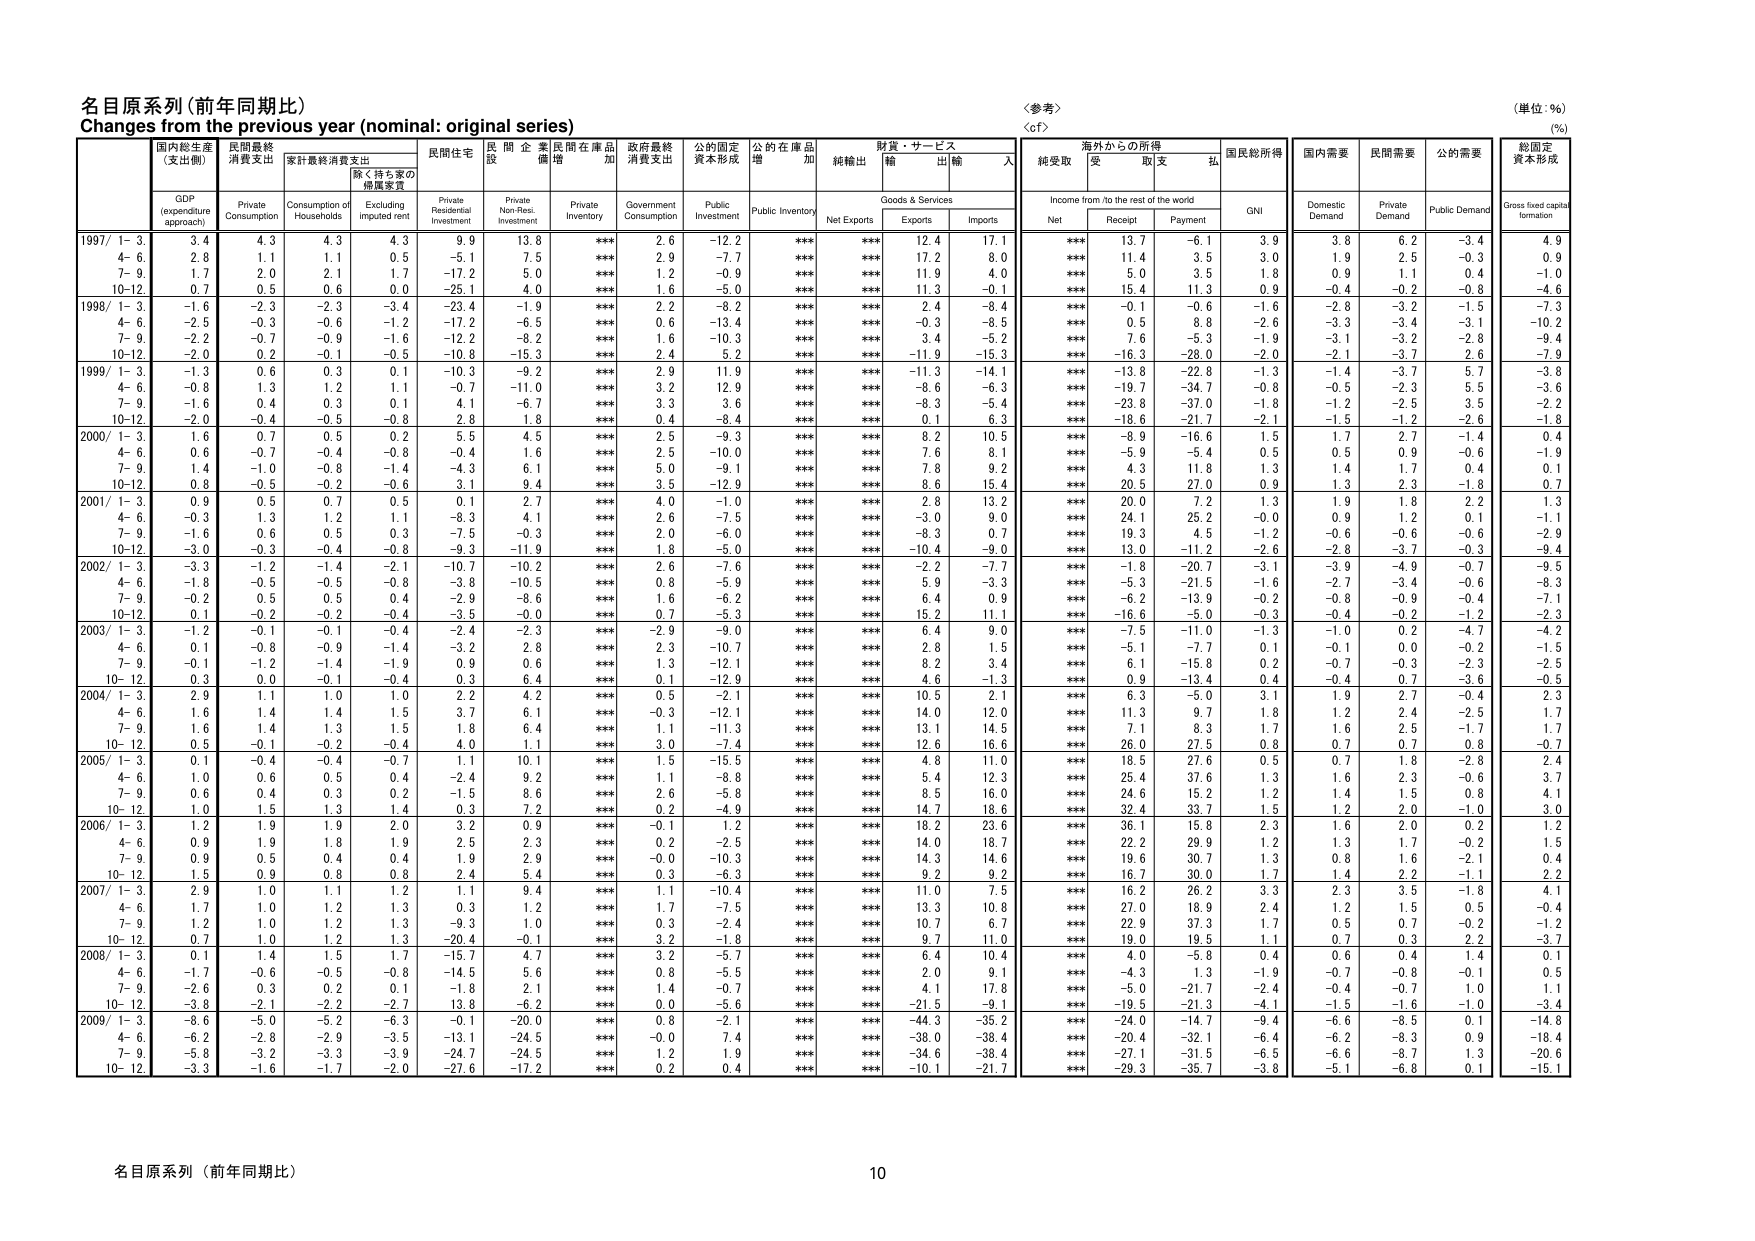
名目原系列（前年同期比）
Changes from the previous year (nominal: original series)
〈参考〉
〈cf〉
（単位：%）
(%)

国内総生産
（支出側）
GDP
(expenditure approach)
民間最終
消費支出
Private
Consumption
家計最終消費支出
Consumption of
Households
家く持ち家の
帰属家賃
Excluding
imputed rent
民間住宅
投資
Private
Residential
Investment
民 企 業
非住宅
投資
Private
Non-Resi.
Investment
民間在庫品
増加
Private
Inventory
Government
Consumption
公的固定
資本形成
Public
Investment
公的在庫品
増加
Public Inventory
純輸出
Net Exports
財貨・サービス
輸出
Exports
輸入
Imports
海外からの所得
Income from /to the rest of the world
純受取
Net
受取
Receipt
支払
Payment
国民総所得
GNI
国内需要
Domestic
Demand
民間需要
Private
Demand
公的需要
Public Demand
総固定
資本形成
Gross fixed capital
formation

1997/ 1- 3.
3.4
4.3
4.3
4.3
9.9
13.8
***
2.6
-12.2
***
***
12.4
17.1
***
13.7
-6.1
3.9
3.8
6.2
-3.4
4.9
4- 6.
2.8
1.1
1.1
0.5
-5.1
7.5
***
2.9
-7.7
***
***
17.2
8.0
***
11.4
3.5
3.0
1.9
2.5
-0.3
0.9
7- 9.
1.7
2.0
2.1
1.7
-17.2
5.0
***
1.2
-0.9
***
***
11.9
4.0
***
5.0
3.5
1.8
0.9
1.1
0.4
-1.0
10-12.
0.7
0.5
0.6
0.0
-25.1
4.0
***
1.6
-5.0
***
***
11.3
-0.1
***
15.4
11.3
0.9
-0.4
-0.2
-0.8
-4.6

1998/ 1- 3.
-1.6
-2.3
-2.3
-3.4
-23.4
-1.9
***
2.2
-8.2
***
***
2.4
-8.4
***
-0.1
-0.6
-1.6
-2.8
-3.2
-1.5
-7.3
4- 6.
-2.5
-0.3
-0.6
-1.2
-17.2
-6.5
***
0.6
-13.4
***
***
-0.3
-8.5
***
0.5
8.8
-2.6
-3.3
-3.4
-3.1
-10.2
7- 9.
-2.2
-0.7
-0.9
-1.6
-12.2
-8.2
***
1.6
-10.3
***
***
3.4
-5.2
***
7.6
-5.3
-1.9
-3.1
-3.2
-2.8
-9.4
10-12.
-2.0
0.2
-0.1
-0.5
-10.8
-15.3
***
2.4
5.2
***
***
-11.9
-15.3
***
-16.3
-28.0
-2.0
-2.1
-3.7
2.6
-7.9

1999/ 1- 3.
-1.3
0.6
0.3
0.1
-10.3
-9.2
***
2.9
11.9
***
***
-11.3
-14.1
***
-13.8
-22.8
-1.3
-1.4
-3.7
5.7
-3.8
4- 6.
-0.8
1.3
1.2
1.1
-0.7
-11.0
***
3.2
12.9
***
***
-8.6
-6.3
***
-19.7
-34.7
-0.8
-0.5
-2.3
5.5
-3.6
7- 9.
-1.6
0.4
0.3
0.1
4.1
-6.7
***
3.3
3.6
***
***
-8.3
-5.4
***
-23.8
-37.0
-1.8
-1.2
-2.5
3.5
-2.2
10-12.
-2.0
-0.4
-0.5
-0.8
2.8
1.8
***
0.4
-8.4
***
***
0.1
6.3
***
-18.6
-21.7
-2.1
-1.5
-1.2
-2.6
-1.8

2000/ 1- 3.
1.6
0.7
0.5
0.2
5.5
4.5
***
2.5
-9.3
***
***
8.2
10.5
***
-8.9
-16.6
1.5
1.7
2.7
-1.4
0.4
4- 6.
0.6
-0.7
-0.4
-0.8
-0.4
1.6
***
2.5
-10.0
***
***
7.6
8.1
***
-5.9
-5.4
0.5
0.5
0.9
-0.6
-1.9
7- 9.
1.4
-1.0
-0.8
-1.4
-4.3
6.1
***
5.0
-9.1
***
***
7.8
9.2
***
4.3
11.8
1.3
1.4
1.7
0.4
0.1
10-12.
0.8
-0.5
-0.2
-0.6
3.1
9.4
***
3.5
-12.9
***
***
8.6
15.4
***
20.5
27.0
0.9
1.3
2.3
-1.8
0.7

2001/ 1- 3.
0.9
0.5
0.7
0.5
0.1
2.7
***
4.0
-1.0
***
***
2.8
13.2
***
20.0
7.2
1.3
1.9
1.8
2.2
1.3
4- 6.
-0.3
1.3
1.2
1.1
-8.3
4.1
***
2.6
-7.5
***
***
-3.0
9.0
***
24.1
25.2
-0.0
0.9
1.2
0.1
-1.1
7- 9.
-1.6
0.6
0.5
0.3
-7.5
-0.3
***
2.0
-6.0
***
***
-8.3
0.7
***
19.3
4.5
-1.2
-0.6
-0.6
-0.6
-2.9
10-12.
-3.0
-0.3
-0.4
-0.8
-9.3
-11.9
***
1.8
-5.0
***
***
-10.4
-9.0
***
13.0
-11.2
-2.6
-2.8
-3.7
-0.3
-9.4

2002/ 1- 3.
-3.3
-1.2
-1.4
-2.1
-10.7
-10.2
***
2.6
-7.6
***
***
-2.2
-7.7
***
-1.8
-20.7
-3.1
-3.9
-4.9
-0.7
-9.5
4- 6.
-1.8
-0.5
-0.5
-0.8
-3.8
-10.5
***
0.8
-5.9
***
***
5.9
-3.3
***
-5.3
-21.5
-1.6
-2.7
-3.4
-0.6
-8.3
7- 9.
-0.2
0.5
0.5
0.4
-2.9
-8.6
***
1.6
-6.2
***
***
6.4
0.9
***
-6.2
-13.9
-0.2
-0.8
-0.9
-0.4
-7.1
10-12.
0.1
-0.2
-0.2
-0.4
-3.5
-0.0
***
0.7
-5.3
***
***
15.2
11.1
***
-16.6
-5.0
-0.3
-0.4
-0.2
-1.2
-2.3

2003/ 1- 3.
-1.2
-0.1
-0.1
-0.4
-2.4
-2.3
***
-2.9
-9.0
***
***
6.4
9.0
***
-7.5
-11.0
-1.3
-1.0
0.2
-4.7
-4.2
4- 6.
0.1
-0.8
-0.9
-1.4
-3.2
2.8
***
2.3
-10.7
***
***
2.8
1.5
***
-5.1
-7.7
0.1
-0.1
0.0
-0.2
-1.5
7- 9.
0.1
-1.2
-1.4
-1.9
0.9
0.6
***
1.3
-12.1
***
***
8.2
3.4
***
6.1
-15.8
0.2
-0.7
-0.3
-2.3
-2.5
10-12.
0.3
0.0
-0.1
-0.4
0.3
6.4
***
0.1
-12.9
***
***
4.6
-1.3
***
0.9
-13.4
0.4
-0.4
0.7
-3.6
-0.5

2004/ 1- 3.
2.9
1.1
1.0
1.0
2.2
4.2
***
0.5
-2.1
***
***
10.5
2.1
***
6.3
-5.0
3.1
1.9
2.7
-0.4
2.3
4- 6.
1.6
1.4
1.4
1.5
3.7
6.1
***
-0.3
-12.1
***
***
14.0
12.0
***
11.3
9.7
1.8
1.2
2.4
-2.5
1.7
7- 9.
1.6
1.4
1.3
1.5
1.8
6.4
***
1.1
-11.3
***
***
13.1
14.5
***
7.1
8.3
1.7
1.6
2.5
-1.7
1.7
10-12.
0.5
-0.1
-0.2
-0.4
4.0
1.1
***
3.0
-7.4
***
***
12.6
16.6
***
26.0
27.5
0.8
0.7
0.7
0.8
-0.7

2005/ 1- 3.
0.1
-0.4
-0.4
-0.7
1.1
10.1
***
1.5
-15.5
***
***
4.8
11.0
***
18.5
27.6
0.5
0.7
1.8
-2.8
2.4
4- 6.
1.0
0.6
0.5
0.4
-2.4
9.2
***
1.1
-8.8
***
***
5.4
12.3
***
25.4
37.6
1.3
1.6
2.3
-0.6
3.7
7- 9.
0.6
0.4
0.3
0.2
-1.5
8.6
***
2.6
-5.8
***
***
8.5
16.0
***
24.6
15.2
1.2
1.4
1.5
0.8
4.1
10-12.
1.0
1.5
1.3
1.4
0.3
7.2
***
0.2
-4.9
***
***
14.7
18.6
***
32.4
33.7
1.5
1.2
2.0
-1.0
3.0

2006/ 1- 3.
1.2
1.9
1.9
2.0
3.2
0.9
***
-0.1
1.2
***
***
18.2
23.6
***
36.1
15.8
2.3
1.6
2.0
0.2
1.2
4- 6.
0.9
1.9
1.8
1.9
2.5
2.3
***
0.2
-2.5
***
***
14.0
18.7
***
22.2
29.9
1.2
1.3
1.7
-0.2
1.5
7- 9.
0.9
0.5
0.4
0.4
1.9
2.9
***
-0.0
-10.3
***
***
14.3
14.6
***
19.6
30.7
1.3
0.8
1.6
-2.1
0.4
10-12.
1.5
0.9
0.8
0.8
2.4
5.4
***
0.3
-6.3
***
***
9.2
9.2
***
16.7
30.0
1.7
1.4
2.2
-1.1
2.2

2007/ 1- 3.
2.9
1.0
1.1
1.2
1.1
9.4
***
1.1
-10.4
***
***
11.0
7.5
***
16.2
26.2
3.3
2.3
3.5
-1.8
4.1
4- 6.
1.7
1.0
1.2
1.3
0.3
1.2
***
1.7
-7.5
***
***
13.3
10.8
***
27.0
18.9
2.4
1.2
1.5
0.5
-0.4
7- 9.
1.2
1.0
1.2
1.3
-9.3
1.0
***
0.3
-2.4
***
***
10.7
6.7
***
22.9
37.3
1.7
0.5
0.7
-0.2
-1.2
10-12.
0.7
1.0
1.2
1.3
-20.4
-0.1
***
3.2
-1.8
***
***
9.7
11.0
***
19.0
19.5
1.1
0.7
0.3
2.2
-3.7

2008/ 1- 3.
0.1
1.4
1.5
1.7
-15.7
4.7
***
3.2
-5.7
***
***
6.4
10.4
***
4.0
-5.8
0.4
0.6
0.4
1.4
0.1
4- 6.
-1.7
-0.6
-0.5
-0.8
-14.5
5.6
***
0.8
-5.5
***
***
2.0
9.1
***
-4.3
1.3
-1.9
-0.7
-0.8
-0.1
0.5
7- 9.
-2.6
0.3
0.2
0.1
-1.8
2.1
***
1.4
-0.7
***
***
4.1
17.8
***
-5.0
-21.7
-2.4
-0.4
-0.7
1.0
1.1
10-12.
-3.8
-2.1
-2.2
-2.7
13.8
-6.2
***
0.0
-5.6
***
***
-21.5
-9.1
***
-19.5
-21.3
-4.1
-1.5
-1.6
-1.0
-3.4

2009/ 1- 3.
-8.6
-5.0
-5.2
-6.3
-0.1
-20.0
***
0.8
-2.1
***
***
-44.3
-35.2
***
-24.0
-14.7
-9.4
-6.6
-8.5
0.1
-14.8
4- 6.
-6.2
-2.8
-2.9
-3.5
-13.1
-24.5
***
-0.0
7.4
***
***
-38.0
-38.4
***
-20.4
-32.1
-6.4
-6.2
-8.3
0.9
-18.4
7- 9.
-5.8
-3.2
-3.3
-3.9
-24.7
-24.5
***
1.2
1.9
***
***
-34.6
-38.4
***
-27.1
-31.5
-6.5
-6.6
-8.7
1.3
-20.6
10-12.
-3.3
-1.6
-1.7
-2.0
-27.6
-17.2
***
0.2
0.4
***
***
-10.1
-21.7
***
-29.3
-35.7
-3.8
-5.1
-6.8
0.1
-15.1

名目原系列（前年同期比）
10